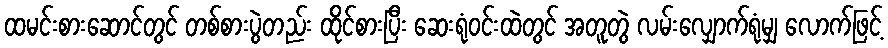
ထမင်းစားဆောင်တွင် တစ်စားပွဲတည်း ထိုင်စားပြီး ဆေးရုံဝင်းထဲတွင် အတူတွဲ လမ်းလျှောက်ရုံမျှ လောက်ဖြင့်